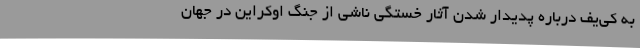
به کی‌یف درباره پدیدار شدن آثار خستگی ناشی از جنگ اوکراین در جهان